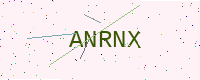
Text: ANRNX